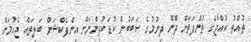
ތުއްތު ކުއްޖާގެ ތުންފަތަށް ދޮން ދިނުމުގެ ސަބަބުން ކުޑަކުދިންނަށް އިންފެކްޝަން ބަލިތައް ޖެހުމަށް